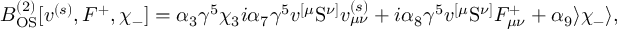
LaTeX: B _ { \mathrm { O S } } ^ { ( 2 ) } [ v ^ { ( s ) } , F ^ { + } , \chi _ { - } ] = \alpha _ { 3 } \gamma ^ { 5 } \chi _ { 3 } i \alpha _ { 7 } \gamma ^ { 5 } v ^ { [ \mu } \mathrm { S } ^ { \nu ] } v _ { \mu \nu } ^ { ( s ) } + i \alpha _ { 8 } \gamma ^ { 5 } v ^ { [ \mu } \mathrm { S } ^ { \nu ] } F _ { \mu \nu } ^ { + } + \alpha _ { 9 } \rangle \chi _ { - } \rangle ,